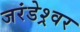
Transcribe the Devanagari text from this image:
जरंडेश्र्वर